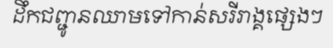
ដឹកជញ្ជូនឈាមទៅកាន់សរីរាង្គផ្សេងៗ